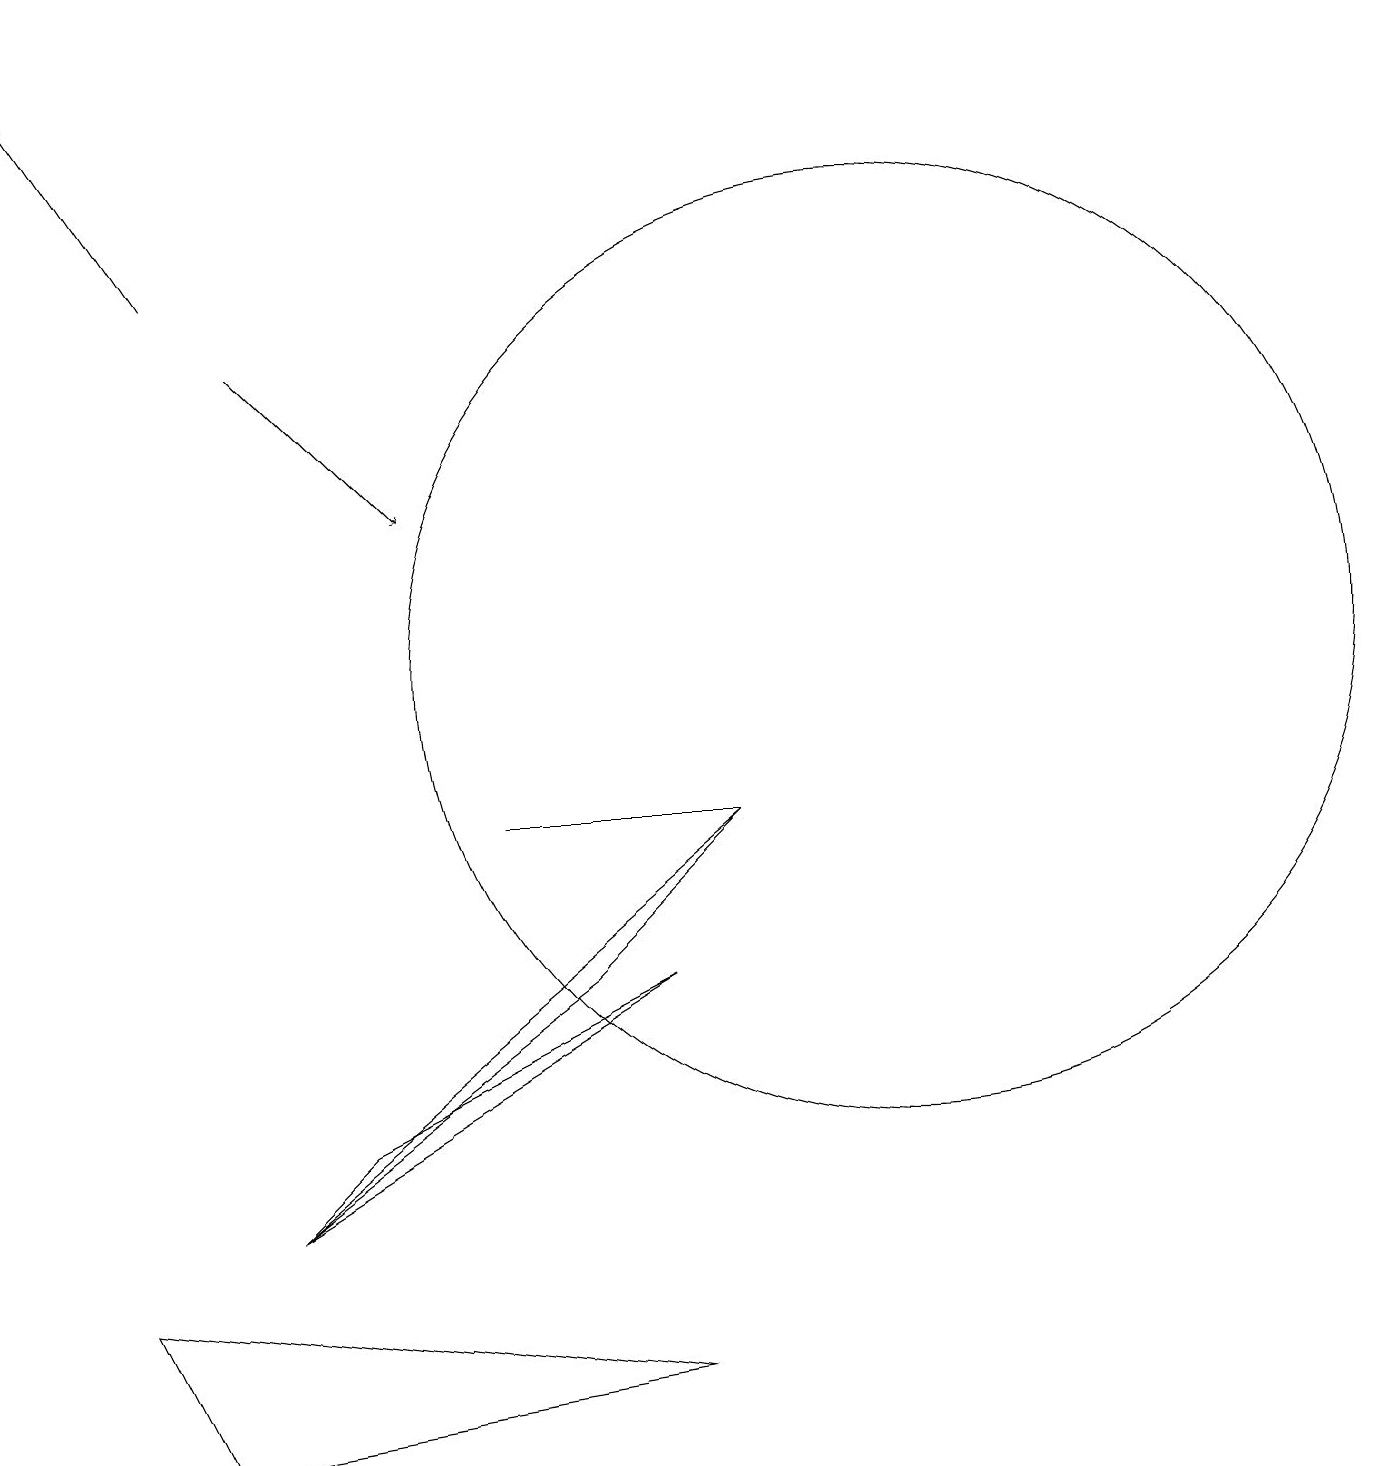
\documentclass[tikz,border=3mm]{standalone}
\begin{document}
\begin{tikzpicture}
\draw (9,8) -- (6,8) -- (8,8) -- cycle;
\draw[->] (3,14) -- (5,12);
\draw (1,2) -- (8,1) -- (2,0) -- cycle;
\draw[->] (2,15) -- (0,18);
\draw (3,3) -- (7,6) -- (9,8) -- cycle;
\draw (11,10) circle (6);
\draw (8,6) -- (3,3) -- (4,4) -- cycle;
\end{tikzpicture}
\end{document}